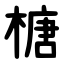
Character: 榶